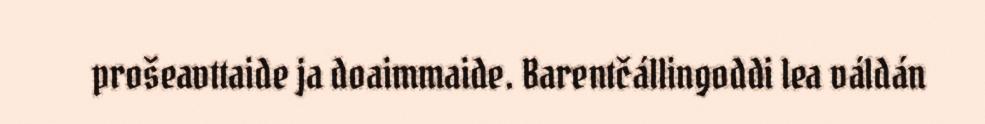
prošeavttaide ja doaimmaide. Barentčállingoddi lea váldán